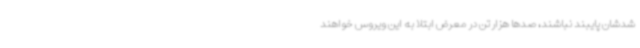
شدشان پایبند نباشند، صدها هزار تن در معرض ابتلا به این ویروس خواهند